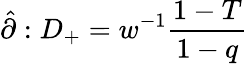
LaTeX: \hat{\partial}:D_{+}=w^{-1}\frac{1-T}{1-q}